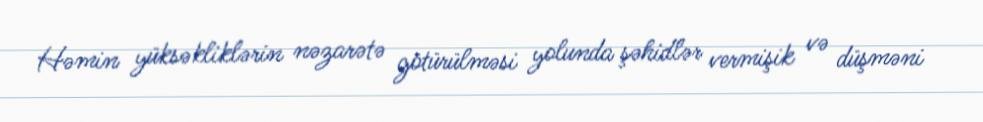
Həmin yüksəkliklərin nəzarətə götürülməsi yolunda şəhidlər vermişik və düşməni